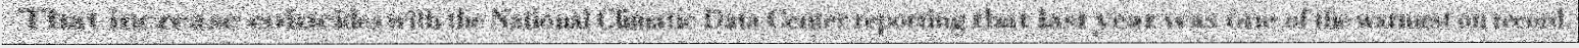
That increase coincides with the National Climatic Data Center reporting that last year was one of the warmest on record.